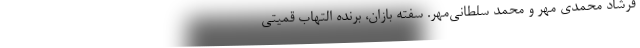
فرشاد محمدی مهر و محمد سلطانی‌مهر. سفته بازان، برنده التهاب قمیتی